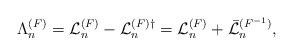
\begin{align*}\Lambda_n^{(F)}= {\cal L}_n^{(F)}-{\cal L}_n^{(F)\dagger}={\cal L}_n^{(F)}+ \bar{\cal L}_n^{(F^{-1})}, \end{align*}